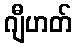
ဂျီဟတ်